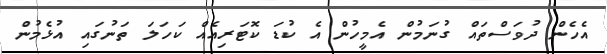
އެހެން ދުވަސްތައް ގުނަމުން އެމީހުން އެ ކުޑަ ކޮޓަރިއެއް ކަހަލަ ތަނުގައި އުޅެމުން